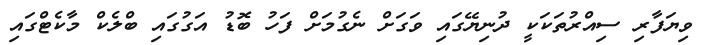
ވިޔަފާރި ސިއްރުތަކަކީ ދުނިޔޭގައި ވަގަށް ނެގުމަށް ފަހު ބޮޑު އަގުގައި ބްލެކް މާކެޓްގައި